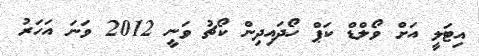
އިޓަލީ އަށް ވޯލްޑް ކަޕް ހޯދައިދިން ކޯޗު ވަނީ 2012 ވަނަ އަހަރު